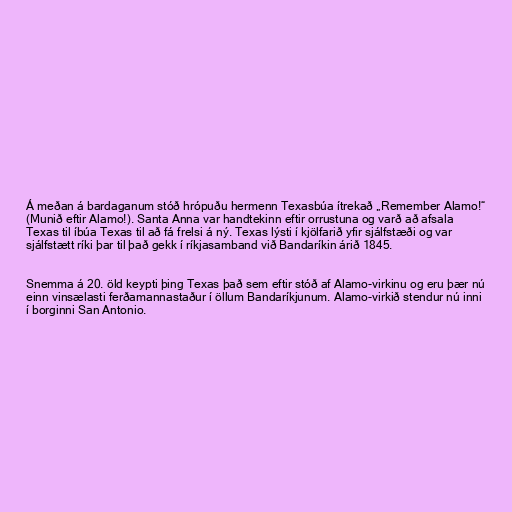
Á meðan á bardaganum stóð hrópuðu hermenn Texasbúa ítrekað „Remember Alamo!“
(Munið eftir Alamo!). Santa Anna var handtekinn eftir orrustuna og varð að afsala
Texas til íbúa Texas til að fá frelsi á ný. Texas lýsti í kjölfarið yfir sjálfstæði og var
sjálfstætt ríki þar til það gekk í ríkjasamband við Bandaríkin árið 1845.

Snemma á 20. öld keypti þing Texas það sem eftir stóð af Alamo-virkinu og eru þær nú
einn vinsælasti ferðamannastaður í öllum Bandaríkjunum. Alamo-virkið stendur nú inni
í borginni San Antonio.